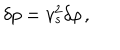
\delta p = v _ { s } ^ { 2 } \delta \rho \, ,